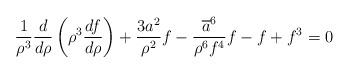
LaTeX: \begin{align*}\frac{1}{\rho ^{3}}\frac{d}{d\rho }\left( \rho ^{3}\frac{df}{d\rho }\right)+\frac{3a^{2}}{\rho ^{2}}f-\frac{\overline{a}^{6}}{\rho ^{6}f^{4}}f-f+f^{3}=0 \end{align*}